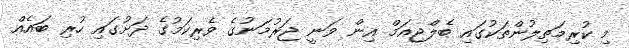
މި ކުރިމަތިލުންތަކުގައި ބެލްޖިއަމް އިން ވަނީ ޖަރުމަނުގެ ވެރިކަމުގެ ދަށުގައި ހުރި ބައެއް